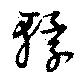
轘